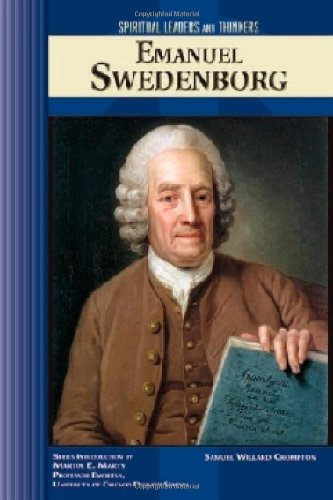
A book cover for Emanuel Swedenborg (Spiritual Leaders and Thinkers); Samuel Willard Crompton; Teen & Young Adult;